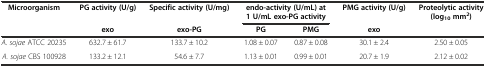
| <ROWSPAN=2> Microorganism | PG activity (U/g) | Specific activity (U/mg) | <COLSPAN=2> endo-activity (U/mL) at 1 U/mL exo-PG activity | PMG activity (U/g) | <ROWSPAN=2> Proteolytic activity (log10mm2) |
 | exo | exo-PG | PG | PMG | exo |
 | --- | --- | --- | --- | --- | --- | --- |
 | A. sojae ATCC 20235 | 632.7 ± 61.7 | 133.7 ± 10.2 | 1.08 ± 0.07 | 0.87 ± 0.08 | 30.1 ± 2.4 | 2.50 ± 0.05 |
 | A. sojae CBS 100928 | 133.2 ± 12.1 | 54.6 ± 7.7 | 1.13 ± 0.01 | 0.99 ± 0.01 | 20.7 ± 1.9 | 2.12 ± 0.02 |